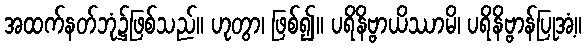
အထက်နတ်ဘုံ၌ဖြစ်သည်။ ဟုတွာ၊ ဖြစ်၍။ ပရိနိဗ္ဗာယိဿာမိ၊ ပရိနိဗ္ဗာန်ပြုအံ့။